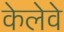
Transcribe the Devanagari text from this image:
केलेवे